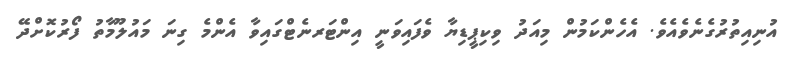
އުނިއިތުރުގެނެވެއެވެ. އެހެންކަމުން މިއަދު ވިކިޕީޑިޔާ ވެފައިވަނީ އިންޓަރނެޓްގައިވާ އެންމެ ގިނަ މައުލޫމާތު ފޯރުކޮށްދޭ